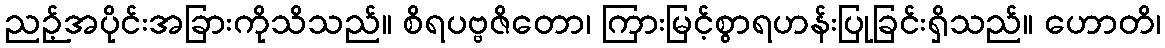
ညဉ့်အပိုင်းအခြားကိုသိသည်။ စိရပဗ္ဗဇိတော၊ ကြားမြင့်စွာရဟန်းပြုခြင်းရှိသည်။ ဟောတိ၊